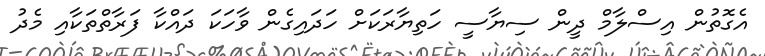
އެގޮތުން އިސްލާމް ދީން ސިޔާސީ ހަތިޔާރަކަށް ހަދައިގެން ވާހަކަ ދައްކާ ފަރާތްތަކާއި މެދު